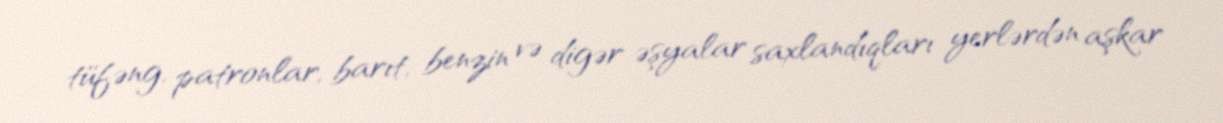
tüfəng, patronlar, barıt, benzin və digər əşyalar saxlandıqları yerlərdən aşkar